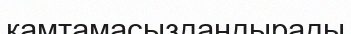
қамтамасыздандырады